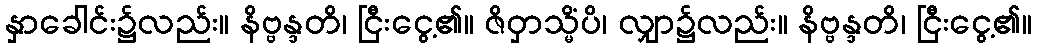
နှာခေါင်း၌လည်း။ နိဗ္ဗန္ဒတိ၊ ငြီးငွေ့၏။ ဇိဝှာသ္မိံပိ၊ လျှာ၌လည်း။ နိဗ္ဗန္ဒတိ၊ ငြီးငွေ့၏။